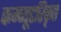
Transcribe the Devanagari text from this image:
कम्प्यूटरिकृत